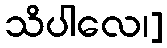
သိပါလေ၊]